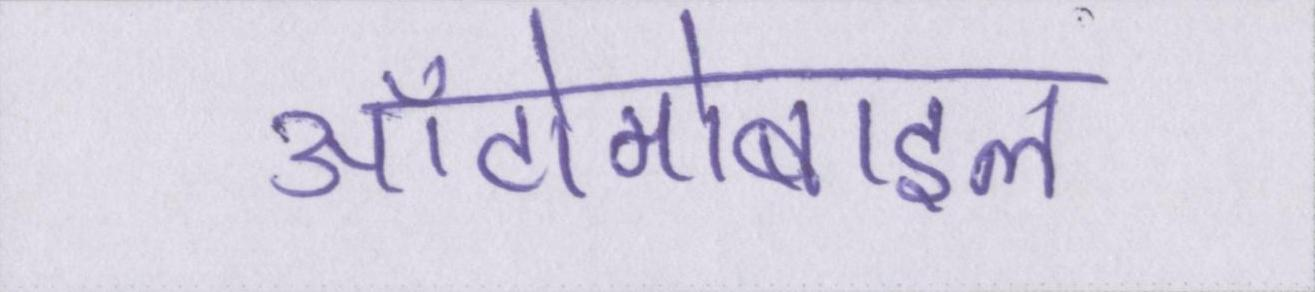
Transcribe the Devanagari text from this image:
ऑटोमोबाइल